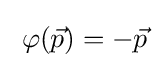
\;\varphi ({\vec {p}})=-{\vec {p}}